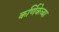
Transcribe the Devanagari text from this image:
कर्णिकेच्या